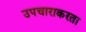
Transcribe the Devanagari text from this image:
उपचाराकरता